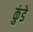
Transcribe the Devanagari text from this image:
कुंडेे